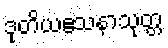
ဒုတိယဧသနာသုတ္တ